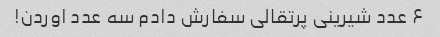
۶ عدد شیرینی پرتقالی سفارش دادم سه عدد اوردن!